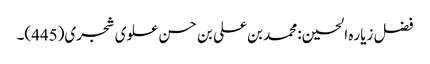
فضل زیاره الحسین: محمد بن علی بن حسن علوی شجری(445)۔